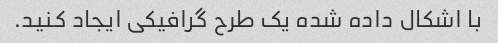
با اشکال داده شده یک طرح گرافیکی ایجاد کنید.